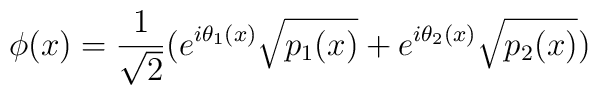
\phi(x)= \frac{1}{\sqrt{2}} (e^{i \theta_1(x)}\sqrt{p_1(x)} + e^{i \theta_2(x)}\sqrt{p_2(x)})